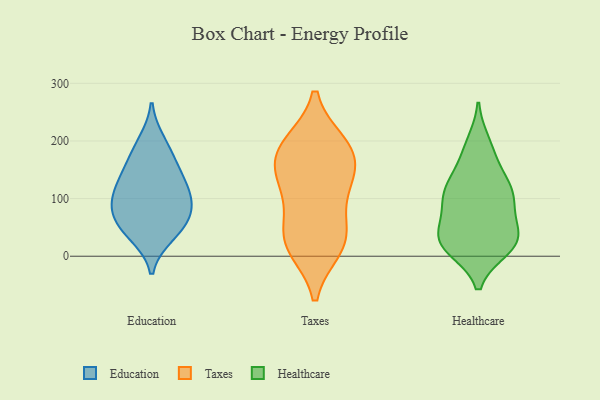
{"axis": {"x": "Active Users", "y": "Value"}, "legend": ["Education", "Healthcare", "Taxes"], "data": [{"x": "", "y": 102, "type": "Education"}, {"x": "", "y": 116, "type": "Education"}, {"x": "", "y": 137, "type": "Education"}, {"x": "", "y": 76, "type": "Education"}, {"x": "", "y": 104, "type": "Education"}, {"x": "", "y": 149, "type": "Education"}, {"x": "", "y": 199, "type": "Education"}, {"x": "", "y": 176, "type": "Education"}, {"x": "", "y": 74, "type": "Education"}, {"x": "", "y": 36, "type": "Education"}, {"x": "", "y": 62, "type": "Education"}, {"x": "", "y": 42, "type": "Education"}, {"x": "", "y": 23, "type": "Taxes"}, {"x": "", "y": 186, "type": "Taxes"}, {"x": "", "y": 193, "type": "Taxes"}, {"x": "", "y": 33, "type": "Taxes"}, {"x": "", "y": 108, "type": "Taxes"}, {"x": "", "y": 40, "type": "Taxes"}, {"x": "", "y": 16, "type": "Taxes"}, {"x": "", "y": 141, "type": "Taxes"}, {"x": "", "y": 169, "type": "Taxes"}, {"x": "", "y": 184, "type": "Taxes"}, {"x": "", "y": 121, "type": "Taxes"}, {"x": "", "y": 117, "type": "Healthcare"}, {"x": "", "y": 94, "type": "Healthcare"}, {"x": "", "y": 155, "type": "Healthcare"}, {"x": "", "y": 13, "type": "Healthcare"}, {"x": "", "y": 109, "type": "Healthcare"}, {"x": "", "y": 43, "type": "Healthcare"}, {"x": "", "y": 184, "type": "Healthcare"}, {"x": "", "y": 46, "type": "Healthcare"}, {"x": "", "y": 114, "type": "Healthcare"}, {"x": "", "y": 15, "type": "Healthcare"}, {"x": "", "y": 17, "type": "Healthcare"}, {"x": "", "y": 31, "type": "Healthcare"}, {"x": "", "y": 98, "type": "Healthcare"}, {"x": "", "y": 23, "type": "Healthcare"}, {"x": "", "y": 124, "type": "Healthcare"}, {"x": "", "y": 28, "type": "Healthcare"}, {"x": "", "y": 196, "type": "Healthcare"}, {"x": "", "y": 72, "type": "Healthcare"}]}